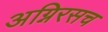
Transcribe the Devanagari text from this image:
अग्निरसच